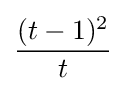
{\frac {(t-1)^{2}}{t}}